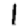
Digit: 1